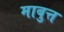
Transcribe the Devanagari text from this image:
माबुत्त